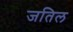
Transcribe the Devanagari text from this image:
जतिल